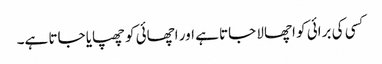
کسی کی برائی کو اچھالا جاتا ہے اور اچھائی کو چھپایا جاتا ہے۔